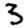
Digit: 3